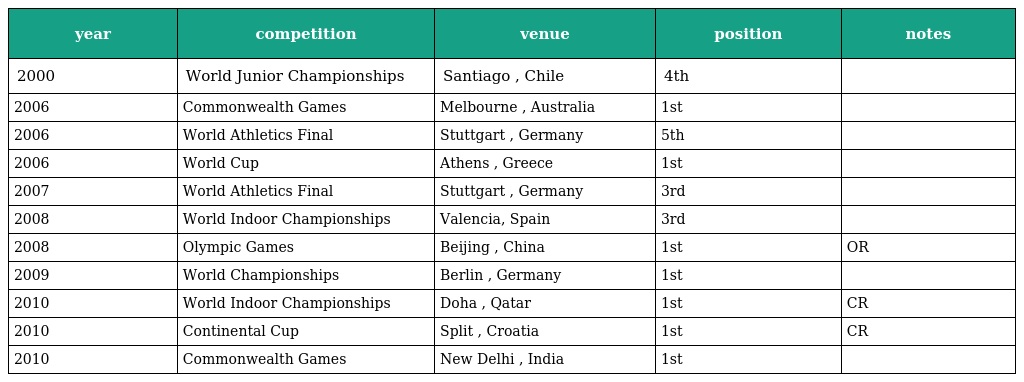
| year | competition | venue | position | notes |
 | --- | --- | --- | --- | --- |
 | 2000 | World Junior Championships | Santiago , Chile | 4th |  |
 | 2006 | Commonwealth Games | Melbourne , Australia | 1st |  |
 | 2006 | World Athletics Final | Stuttgart , Germany | 5th |  |
 | 2006 | World Cup | Athens , Greece | 1st |  |
 | 2007 | World Athletics Final | Stuttgart , Germany | 3rd |  |
 | 2008 | World Indoor Championships | Valencia, Spain | 3rd |  |
 | 2008 | Olympic Games | Beijing , China | 1st | OR |
 | 2009 | World Championships | Berlin , Germany | 1st |  |
 | 2010 | World Indoor Championships | Doha , Qatar | 1st | CR |
 | 2010 | Continental Cup | Split , Croatia | 1st | CR |
 | 2010 | Commonwealth Games | New Delhi , India | 1st |  |